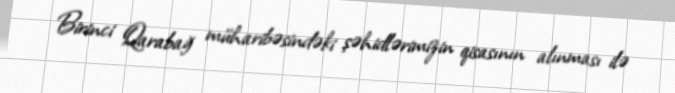
Birinci Qarabağ müharibəsindəki şəhidlərimizin qisasının alınması ilə